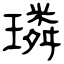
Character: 璘